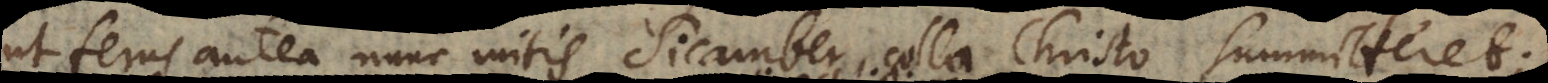
ut ferus antea nunc mitis Sicamber, colla Christo summitteret;